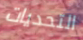
التحديات